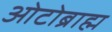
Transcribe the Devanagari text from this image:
ओटोब्राह्म